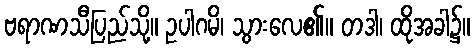
ဗရာဏသီပြည်သို့။ ဥပါဂမိ၊ သွားလေ၏။ တဒါ၊ ထိုအခါ၌။